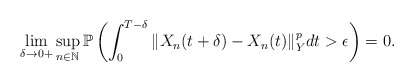
\begin{align*}\lim_{\delta\rightarrow 0+} \sup_{n\in\mathbb{N}} \mathbb{P} \left( \int_0^{T-\delta} \Vert X_n (t+\delta) - X_n (t) \Vert_Y^p dt > \epsilon \right) = 0 .\end{align*}